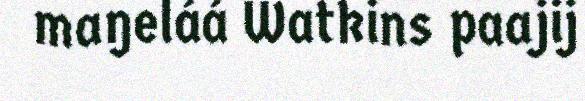
maŋeláá Watkins paajij